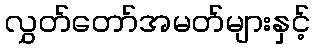
လွှတ်တော်အမတ်များနှင့်